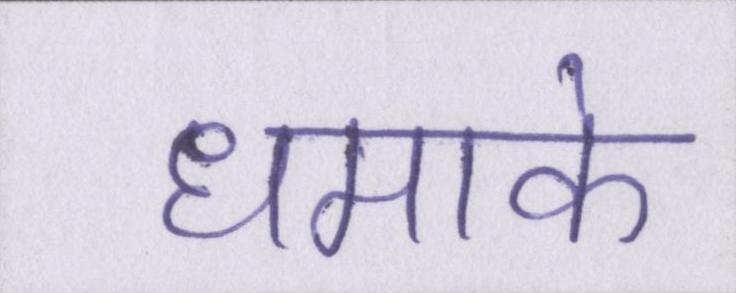
धमाके